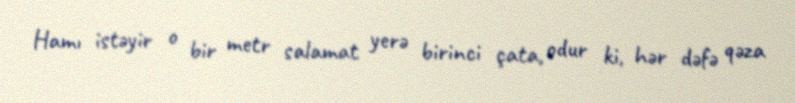
Hamı istəyir o bir metr salamat yerə birinci çata, odur ki, hər dəfə qəza